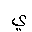
Letter: _ya